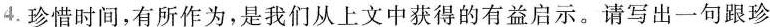
4.珍惜时间，有所作为，是我们从上文中获得的有益启示。请写出一句跟珍